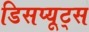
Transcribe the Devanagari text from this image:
डिसप्यूट्स